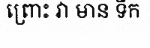
ព្រោះ វា មាន ទឹក